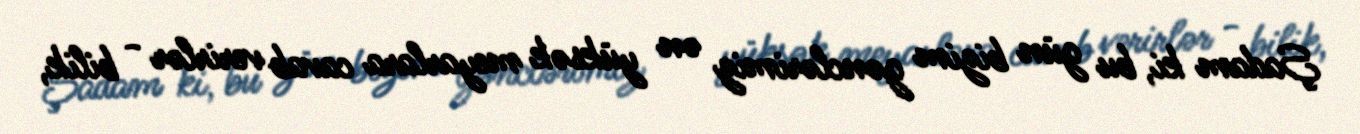
Şadam ki, bu gün bizim gənclərimiz ən yüksək meyarlara cavab verirlər - bilik,